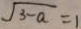
\sqrt { 3 - a } = 1